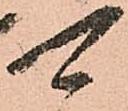
可